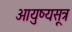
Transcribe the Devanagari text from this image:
आयुष्यसूत्र